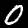
Digit: 0